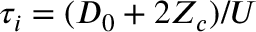
\tau _ { i } = ( D _ { 0 } + 2 Z _ { c } ) / U